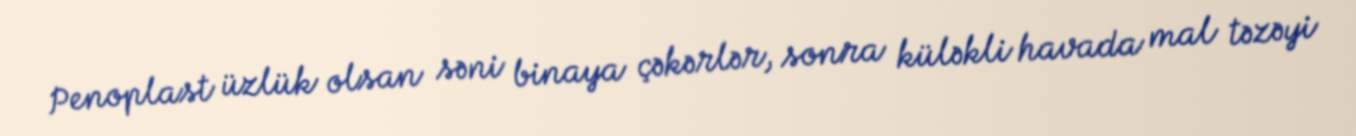
Penoplast üzlük olsan səni binaya çəkərlər, sonra küləkli havada mal təzəyi